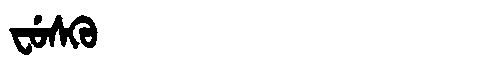
Manchu: ᠸᡠᠰᡴᡠ
Romanization: FUSKU